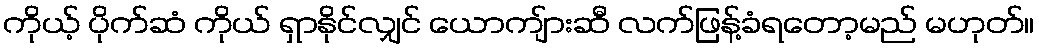
ကိုယ့် ပိုက်ဆံ ကိုယ် ရှာနိုင်လျှင် ယောကျ်ားဆီ လက်ဖြန့်ခံရတော့မည် မဟုတ်။